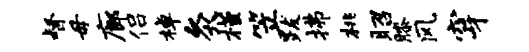
督毋廊侣棹灸槿笠跋拂桃昭膝风穿